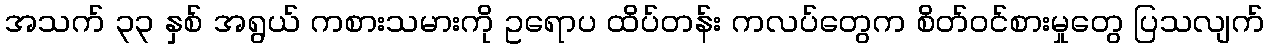
အသက် ၃၃ နှစ် အရွယ် ကစားသမားကို ဥရောပ ထိပ်တန်း ကလပ်တွေက စိတ်ဝင်စားမှုတွေ ပြသလျက်